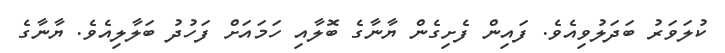
ކުލަވަރު ބަދަލުވިއެވެ. ފައިން ފެށިގެން ޔާނާގެ ބޮލާއި ހަމައަށް ފަހުދު ބަލާލިއެވެ. ޔާނާގެ